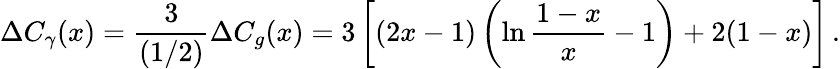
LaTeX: \Delta C_{\gamma}(x)=\frac{3}{(1/2)}\Delta C_{g}(x)=3\left[(2x-1)\left(\ln\frac{1-x}{x}-1\right)+2(1-x)\right]\, .